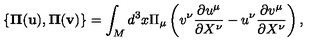
{ } \{ { \bf \Pi } ( { \bf u } ) , { \bf \Pi } ( { \bf v } ) \} = \int _ { M } d ^ { 3 } x \Pi _ { \mu } \left( v ^ { \nu } \frac { \partial u ^ { \mu } } { \partial X ^ { \nu } } - u ^ { \nu } \frac { \partial v ^ { \mu } } { \partial X ^ { \nu } } \right) ,